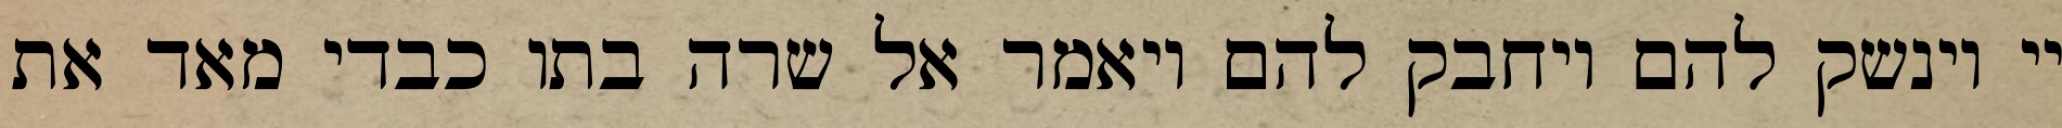
יי וינשק להם ויחבק להם ויאמר אל שרה בתו כבדי מאד את